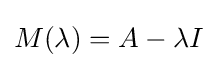
M(\lambda )=A-\lambda I